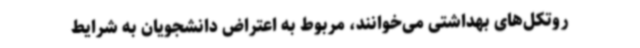
روتکل‌های بهداشتی می‌خوانند، مربوط‌ به اعتراض دانشجویان به شرایط‌